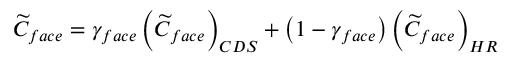
\begin{array} { r } { \widetilde { C } _ { f a c e } = \gamma _ { f a c e } \left( \widetilde { C } _ { f a c e } \right) _ { C D S } + \left( 1 - \gamma _ { f a c e } \right) \left( \widetilde { C } _ { f a c e } \right) _ { H R } } \end{array}